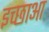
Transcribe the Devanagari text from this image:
इच्छाआ